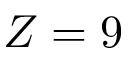
Z = 9